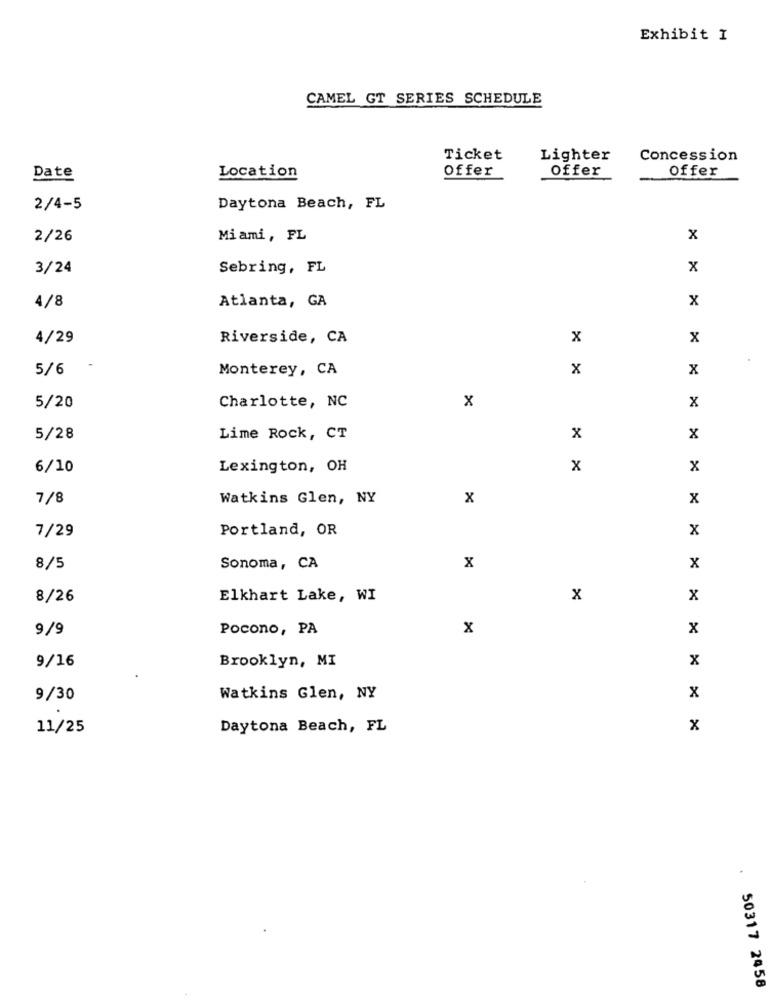
Exhibit I
CAMEL GT SERIES SCHEDULE
Ticket
Lighter
Concession
Date
Location
Offer
Offer
Offer
2/4-5
Daytona Beach, FL
2/26
Miami , FL
x
3/24
Sebring, FL
x
Atlanta, GA
X
4/8
4/29
Riverside, CA
x
x
5/6
Monterey, CA
x
X
x
5/20
Charlotte, NC
x
5/28
Lime Rock, CT
x
x
6/10
Lexington, OH
x
x
7/8
Watkins Glen, NY
x
x
7/29
Portland, OR
X
8/5
Sonoma, CA
x
x
8/26
Elkhart Lake, WI
x
x
9/9
Pocono, PA
x
X
Brooklyn, MI
x
9/16
9/30
Watkins Glen, NY
x
11/25
Daytona Beach, FL
x
50317 2458